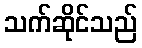
သက်ဆိုင်သည်